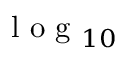
\mathrm { ~ l ~ o ~ g ~ } _ { 1 0 }